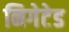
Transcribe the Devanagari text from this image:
निगेटेड